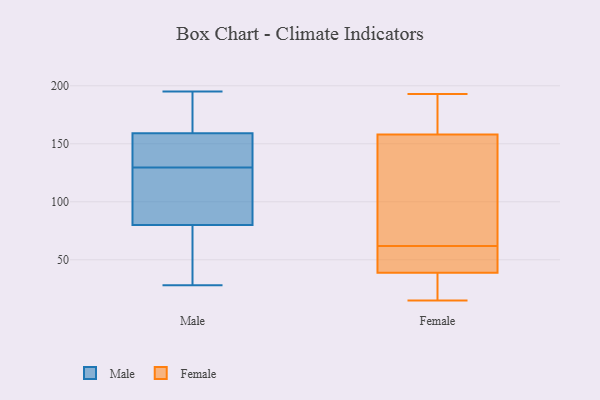
{"axis": {"x": "Website Visitors", "y": "Value"}, "legend": ["Female", "Male"], "data": [{"x": "", "y": 135, "type": "Male"}, {"x": "", "y": 47, "type": "Male"}, {"x": "", "y": 190, "type": "Male"}, {"x": "", "y": 101, "type": "Male"}, {"x": "", "y": 195, "type": "Male"}, {"x": "", "y": 42, "type": "Male"}, {"x": "", "y": 28, "type": "Male"}, {"x": "", "y": 128, "type": "Male"}, {"x": "", "y": 150, "type": "Male"}, {"x": "", "y": 65, "type": "Male"}, {"x": "", "y": 72, "type": "Male"}, {"x": "", "y": 124, "type": "Male"}, {"x": "", "y": 183, "type": "Male"}, {"x": "", "y": 170, "type": "Male"}, {"x": "", "y": 88, "type": "Male"}, {"x": "", "y": 132, "type": "Male"}, {"x": "", "y": 131, "type": "Male"}, {"x": "", "y": 137, "type": "Male"}, {"x": "", "y": 168, "type": "Male"}, {"x": "", "y": 102, "type": "Male"}, {"x": "", "y": 53, "type": "Female"}, {"x": "", "y": 184, "type": "Female"}, {"x": "", "y": 58, "type": "Female"}, {"x": "", "y": 15, "type": "Female"}, {"x": "", "y": 162, "type": "Female"}, {"x": "", "y": 114, "type": "Female"}, {"x": "", "y": 146, "type": "Female"}, {"x": "", "y": 78, "type": "Female"}, {"x": "", "y": 31, "type": "Female"}, {"x": "", "y": 59, "type": "Female"}, {"x": "", "y": 62, "type": "Female"}, {"x": "", "y": 174, "type": "Female"}, {"x": "", "y": 38, "type": "Female"}, {"x": "", "y": 193, "type": "Female"}, {"x": "", "y": 41, "type": "Female"}, {"x": "", "y": 135, "type": "Female"}, {"x": "", "y": 27, "type": "Female"}, {"x": "", "y": 35, "type": "Female"}, {"x": "", "y": 178, "type": "Female"}]}